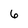
Character: 6